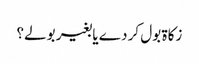
زکاۃ بول کر دے یا بغیر بولے؟